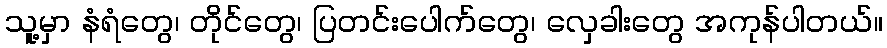
သူ့မှာ နံရံတွေ၊ တိုင်တွေ၊ ပြတင်းပေါက်တွေ၊ လှေခါးတွေ အကုန်ပါတယ်။